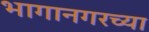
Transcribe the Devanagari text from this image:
भागानगरच्या